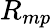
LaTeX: {R}_{{mp}}